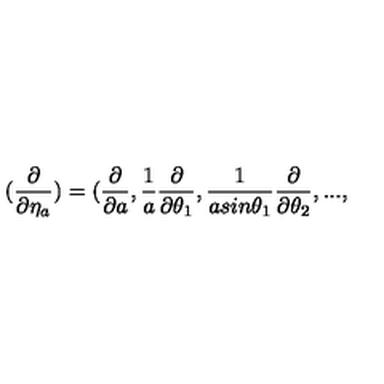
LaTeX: ( \frac { \partial } { \partial \eta _ { a } } ) = ( \frac { \partial } { \partial a } , \frac { 1 } { a } \frac { \partial } { \partial \theta _ { 1 } } , \frac { 1 } { a s i n { \theta _ { 1 } } } \frac { \partial } { \partial \theta _ { 2 } } , . . . ,